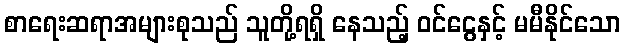
စာရေးဆရာအများစုသည် သူတို့ရရှိ နေသည့် ဝင်ငွေနှင့် မမီနိုင်သော